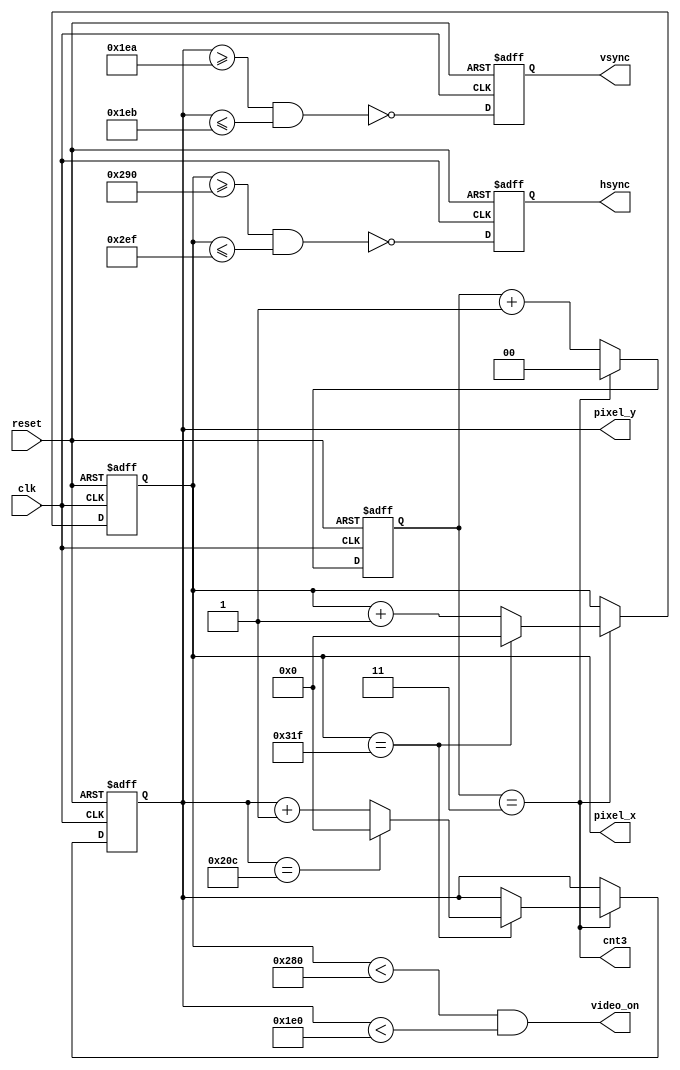
module vga_sync(
   input wire clk, reset, 
   output wire hsync, vsync, video_on, cnt3,
   output wire [9:0] pixel_x, pixel_y
   );

// constant declaration
// vga 640 x 480 sync parameters

parameter HD = 640,  // horizontal display area
          HF = 16,   // left border/front porch
          HB = 48,   // right border/back porch
          HR = 96,   // horizontal retrace
          VD = 480,  // vertical display area
          VF = 10,   // bottom border/front porch
          VB = 33,   // top border/back porch
          VR = 2;    // vertical retrace
			 
reg  [1:0] ccount;
			 
// clock divider enable (25MHz)

assign cnt3 = ccount == 2'b11;

always @(posedge clk, posedge reset)
   if (reset) ccount <= 2'b0; else
	if (cnt3)  ccount <= 2'b0; else
	           ccount <= ccount + 2'b1;
				  
// vga circuitry;
reg [9:0] h_count_reg, h_count_next;
reg [9:0] v_count_reg, v_count_next;

// output buffer

reg v_sync_reg, h_sync_reg;
wire v_sync_next, h_sync_next;

// status signal
wire h_end, v_end;

// body
// registers

always @(posedge clk, posedge reset)
   if (reset)
      begin
      v_count_reg <= 10'b0;
      h_count_reg <= 10'b0;
      v_sync_reg  <= 1'b0;
      h_sync_reg  <= 1'b0;
      end
   else
      begin
      v_count_reg <=  v_count_next;
      h_count_reg <=  h_count_next;
      v_sync_reg  <= ~v_sync_next; 
      h_sync_reg  <= ~h_sync_next;
      end

// status signals
// end of horizontal counter (799)
assign h_end = (h_count_reg == (HD+HF+HB+HR-1));

// end of vertical counter (524)
assign v_end = (v_count_reg == (VD+VF+VB+VR-1));

// next state logic of mod 800 horizontal synch counter
always @(*)
   if (cnt3)  
      if (h_end)
         h_count_next = 0;
      else
         h_count_next = h_count_reg + 10'b1;
   else
	   h_count_next = h_count_reg;

// next state logic of mod 525 vertical sync counter
always @(*)
   if (cnt3)
      if (h_end)
         if (v_end)
            v_count_next = 10'b0;
         else
            v_count_next = v_count_reg + 10'b1;
      else
         v_count_next = v_count_reg;
   else
	   v_count_next = v_count_reg;
		
// horizontal and vertical sync, buffered to avoid glitch

// h_sync_next asserted between 656 and 751
assign h_sync_next = (h_count_reg >= (HD+HF) &&
                      h_count_reg <= (HD+HF+HR - 1));

// v_sync_next asserted between 656 and 751
assign v_sync_next = (v_count_reg >= (VD+VF) &&
                      v_count_reg <= (VD+VF+VR - 1));

// video on/off

assign video_on = (h_count_reg < HD) && (v_count_reg < VD);

// output
assign hsync = h_sync_reg;
assign vsync = v_sync_reg;
assign pixel_x = h_count_reg;
assign pixel_y = v_count_reg;

endmodule